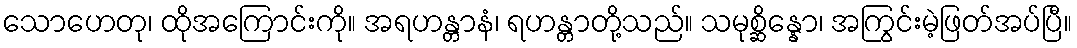
သောဟေတု၊ ထိုအကြောင်းကို။ အရဟန္တာနံ၊ ရဟန္တာတို့သည်။ သမုစ္ဆိန္နော၊ အကြွင်းမဲ့ဖြတ်အပ်ပြီ။